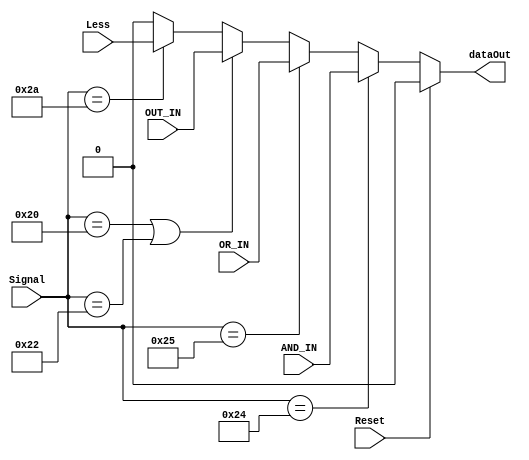
`timescale 1ns/1ns
module mux_4to1(AND_IN, OR_IN, OUT_IN, Signal, dataOut, Less, Reset );

input AND_IN, OR_IN, OUT_IN, Less, Reset; 
input [5:0] Signal;
output dataOut;


parameter AND = 6'b100100;
parameter OR  = 6'b100101;
parameter ADD = 6'b100000;
parameter SUB = 6'b100010;
parameter SLT = 6'b101010;
parameter SRL = 6'b000010;
parameter MULTU= 6'b011001;

assign dataOut = (Reset == 1'b1 ) ? 1'b0 : 
                 (Signal == AND ) ? AND_IN :
                 (Signal == OR ) ? OR_IN : 
                 (Signal == ADD || Signal == SUB) ? OUT_IN : 
                 (Signal == SLT ) ? Less : 1'b0;  
                 


 
endmodule